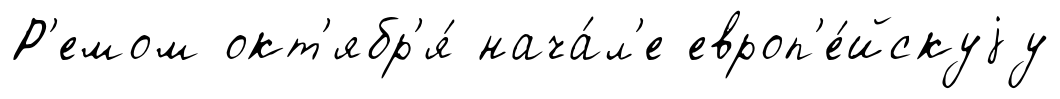
Р'емом окт'ябр'я́ нача́л'е европ'е́йскуjу